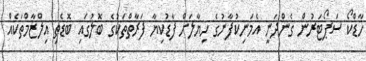
ހާޑްކޯ ސަޕޯޓަރުން ގެންދަނީ އެމަނިކުފާނުގެ ހިޔާލަށް ފާޑުކިޔާ ފަރާތްތަކުގެ ބޮލުގައި ބޮޑެތި އިލްޒާމްތަކެއް